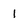
Character: 1